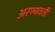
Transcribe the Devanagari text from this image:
अरण्यवर्ती